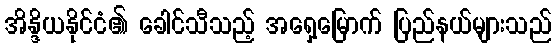
အိန္ဒိယနိုင်ငံ၏ ခေါင်သီသည့် အရှေ့မြောက် ပြည်နယ်များသည်